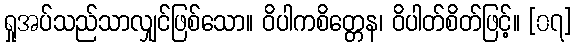
ရှုအပ်သည်သာလျှင်ဖြစ်သော။ ဝိပါကစိတ္တေန၊ ဝိပါတ်စိတ်ဖြင့်။ [၀၇]